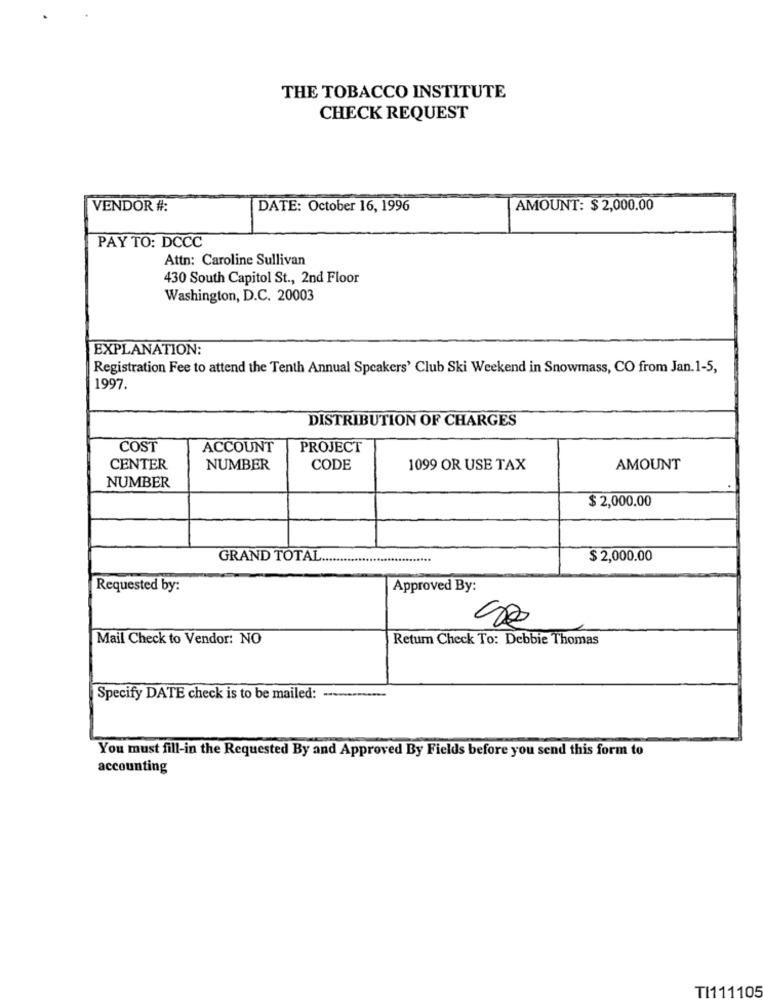
THE TOBACCO INSTITUTE
CHECK REQUEST
VENDOR #:
DATE: October 16, 1996
AMOUNT: $ 2,000.00
PAY TO: DCCC
Attn: Caroline Sullivan
430 South Capitol St ., 2nd Floor
Washington, D.C. 20003
EXPLANATION:
Registration Fee to attend the Tenth Annual Speakers' Club Ski Weekend in Snowmass, CO from Jan.1-5,
1997.
DISTRIBUTION OF CHARGES
COST
ACCOUNT
PROJECT
CENTER
NUMBER
CODE
1099 OR USE TAX
AMOUNT
NUMBER
$ 2,000.00
GRAND TOTAL ...
.......
$ 2,000.00
Requested by:
Approved By:
Mail Check to Vendor: NO
Return Check To: Debbie Thomas
Specify DATE check is to be mailed: .............
You must fill-in the Requested By and Approved By Fields before you send this form to
accounting
TI111105